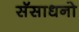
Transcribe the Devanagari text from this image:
सॅसाधनो